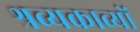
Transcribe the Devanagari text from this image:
श्रव्यकाव्यों